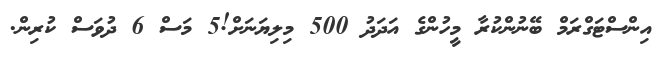
އިންސްޓަގްރަމް ބޭނުންކުރާ މީހުންގެ އަދަދު 500 މިލިޔަނަށް!5 މަސް 6 ދުވަސް ކުރިން.